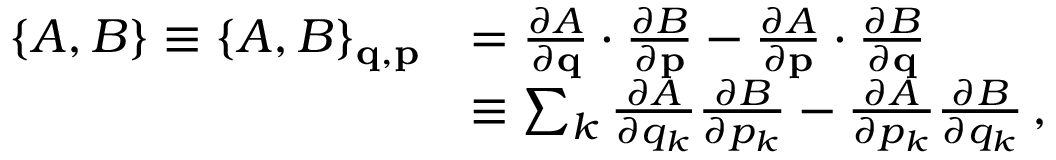
{ \begin{array} { r l } { \{ A , B \} \equiv \{ A , B \} _ { \mathbf { q } , \mathbf { p } } } & { = { \frac { \partial A } { \partial \mathbf { q } } } \cdot { \frac { \partial B } { \partial \mathbf { p } } } - { \frac { \partial A } { \partial \mathbf { p } } } \cdot { \frac { \partial B } { \partial \mathbf { q } } } } \\ & { \equiv \sum _ { k } { \frac { \partial A } { \partial q _ { k } } } { \frac { \partial B } { \partial p _ { k } } } - { \frac { \partial A } { \partial p _ { k } } } { \frac { \partial B } { \partial q _ { k } } } \, , } \end{array} }